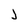
Character: j